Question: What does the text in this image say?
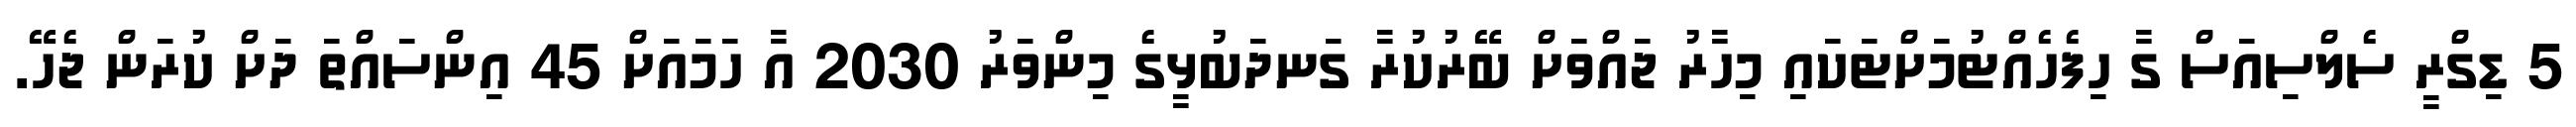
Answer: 5 ޑިގްރީ ސެލްސިއަސް ގާ ހިފެހެއްޓުމަށްޓަކައި މިހާރު ޖައްވަށް ބޭރުކުރާ ގަނދަބުޅީގެ މިންވަރު 2030 އާ ހަމައަށް 45 އިންސައްތަ ދަށް ކުރަން ޖެހޭ.